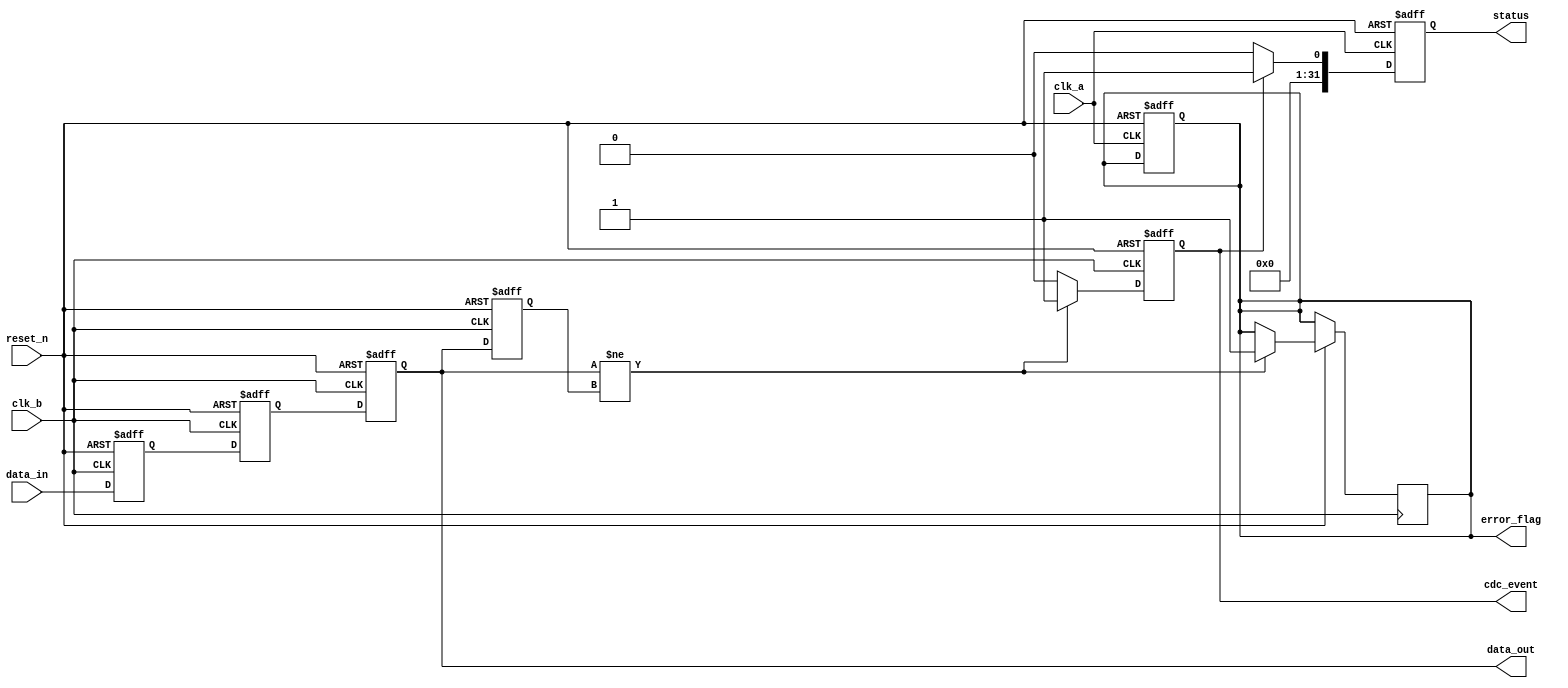
module cdc_detector (
    input wire clk_a,        // Clock domain A
    input wire clk_b,        // Clock domain B
    input wire reset_n,      // Active low asynchronous reset
    input wire data_in,      // Input data signal from clk_a domain
    output reg data_out,     // Synchronized output data in clk_b domain
    output reg cdc_event,    // CDC event flag
    output reg error_flag,    // Error flag in clk_a domain
    output reg [31:0] status  // Status register
);

    // Internal registers for synchronization
    reg data_stage1;
    reg data_stage2;

    // Register to hold previous value of synchronized data
    reg prev_data_out;

    // Asynchronous reset and synchronization logic in clk_b domain
    always @(posedge clk_b or negedge reset_n) begin
        if (!reset_n) begin
            data_stage1 <= 1'b0;
            data_stage2 <= 1'b0;
            data_out <= 1'b0;
            cdc_event <= 1'b0;
            prev_data_out <= 1'b0;
        end else begin
            // First stage of synchronizer
            data_stage1 <= data_in;

            // Second stage of synchronizer
            data_stage2 <= data_stage1;
            data_out <= data_stage2;

            // Detect change in synchronized data
            if (data_out != prev_data_out) begin
                cdc_event <= 1'b1; // Event detected
                error_flag <= 1'b1; // Set error flag in clk_a domain
            end else begin
                cdc_event <= 1'b0; // No event
            end

            // Update previous data output
            prev_data_out <= data_out;
        end
    end

    // Error flag reset logic in clk_a domain
    always @(posedge clk_a or negedge reset_n) begin
        if (!reset_n) begin
            error_flag <= 1'b0; // Reset error flag
            status <= 32'b0; // Reset status register
        end else begin
            // You can define conditions to clear the error flag or update status
            if (cdc_event) begin
                status <= {31'b0, 1'b1}; // Example of setting an event detected status
            end else begin
                status <= {31'b0, 1'b0}; // No event detected
            end
        end
    end

endmodule